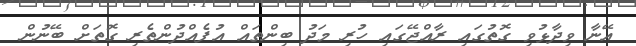
އޭނާ ވިދާޅުވި ގޮތުގައި ރާއްޖޭގައި ހުރި މަދު ބިންތައް އުފެއްދުންތެރި ގޮތަށް ބޭނުން